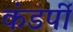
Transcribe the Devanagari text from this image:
कंडर्पी